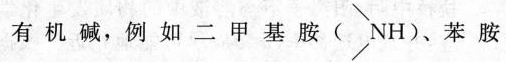
有机碱，例如二甲基胺(NH)、苯胺